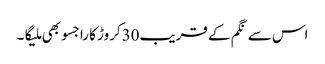
اس سے نگم کے قریب30کروڑ کا راجسو بھی ملیگا۔